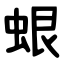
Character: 蛝